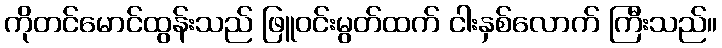
ကိုတင်မောင်ထွန်းသည် ဖြူဝင်းမွတ်ထက် ငါးနှစ်လောက် ကြီးသည်။